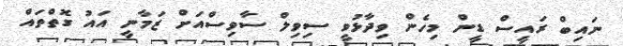
ނައިބް ރައީސް ޑީން މިހެން ވިދާޅުވީ ސިިވިލް ސާވިސްއަށް ޒަމާނީ އައު ގޮތްތައް